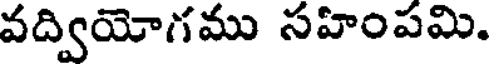
వద్వియోగము సహింపమి.